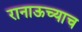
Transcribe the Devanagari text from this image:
रानाऊच्याच